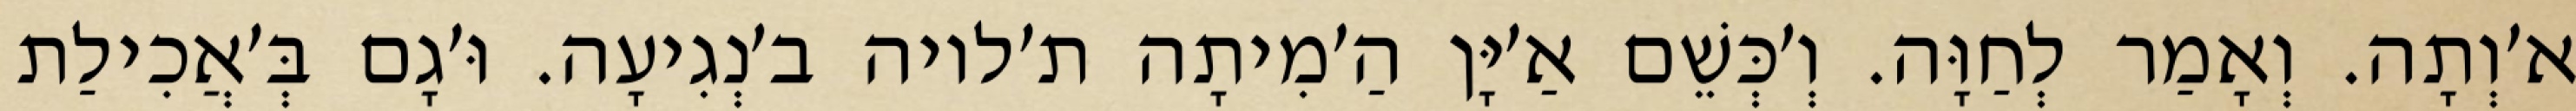
א׳וְתָה. וְאָמַר לְחַוָּה. וְ׳כְּשֵׁם אַ׳יָּן הַ׳מִיתָה ת׳לויה ב׳נְגִיעָה. וּ׳גָם בְּ׳אֲכִילַת